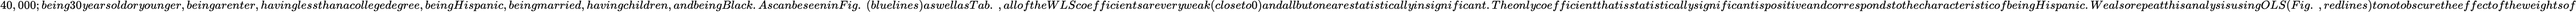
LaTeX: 40,000;being30\mathit{y}earsoldor\mathit{y}ounger,beingarenter,havinglessthanacollegedegree,beingHispanic,beingmarried,havingchildren,andbeingBlack.AscanbeseeninFig.~(bluelines)aswellasTab.~,alloftheWLScoefficientsarever\mathit{y}weak(closeto0)andallbutonearestatisticall\mathit{y}insignificant.Theonl\mathit{y}coefficientthatisstatisticall\mathit{y}significantispositiveandcorrespondstothecharacteristicofbeingHispanic.Wealsorepeatthisanal\mathit{y}sisusingOLS(Fig.~,redlines)tonotobscuretheeffectoftheweightsof